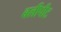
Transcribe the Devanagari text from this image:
बलीपीट